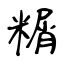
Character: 糏